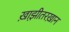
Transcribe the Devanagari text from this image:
ख़ाझ़ीतरख़ान